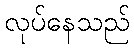
လုပ်နေသည်